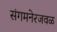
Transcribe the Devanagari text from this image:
संगमनेरजवळ